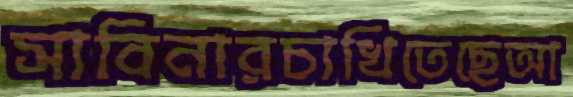
সাবিনারচাখিতেছেআ